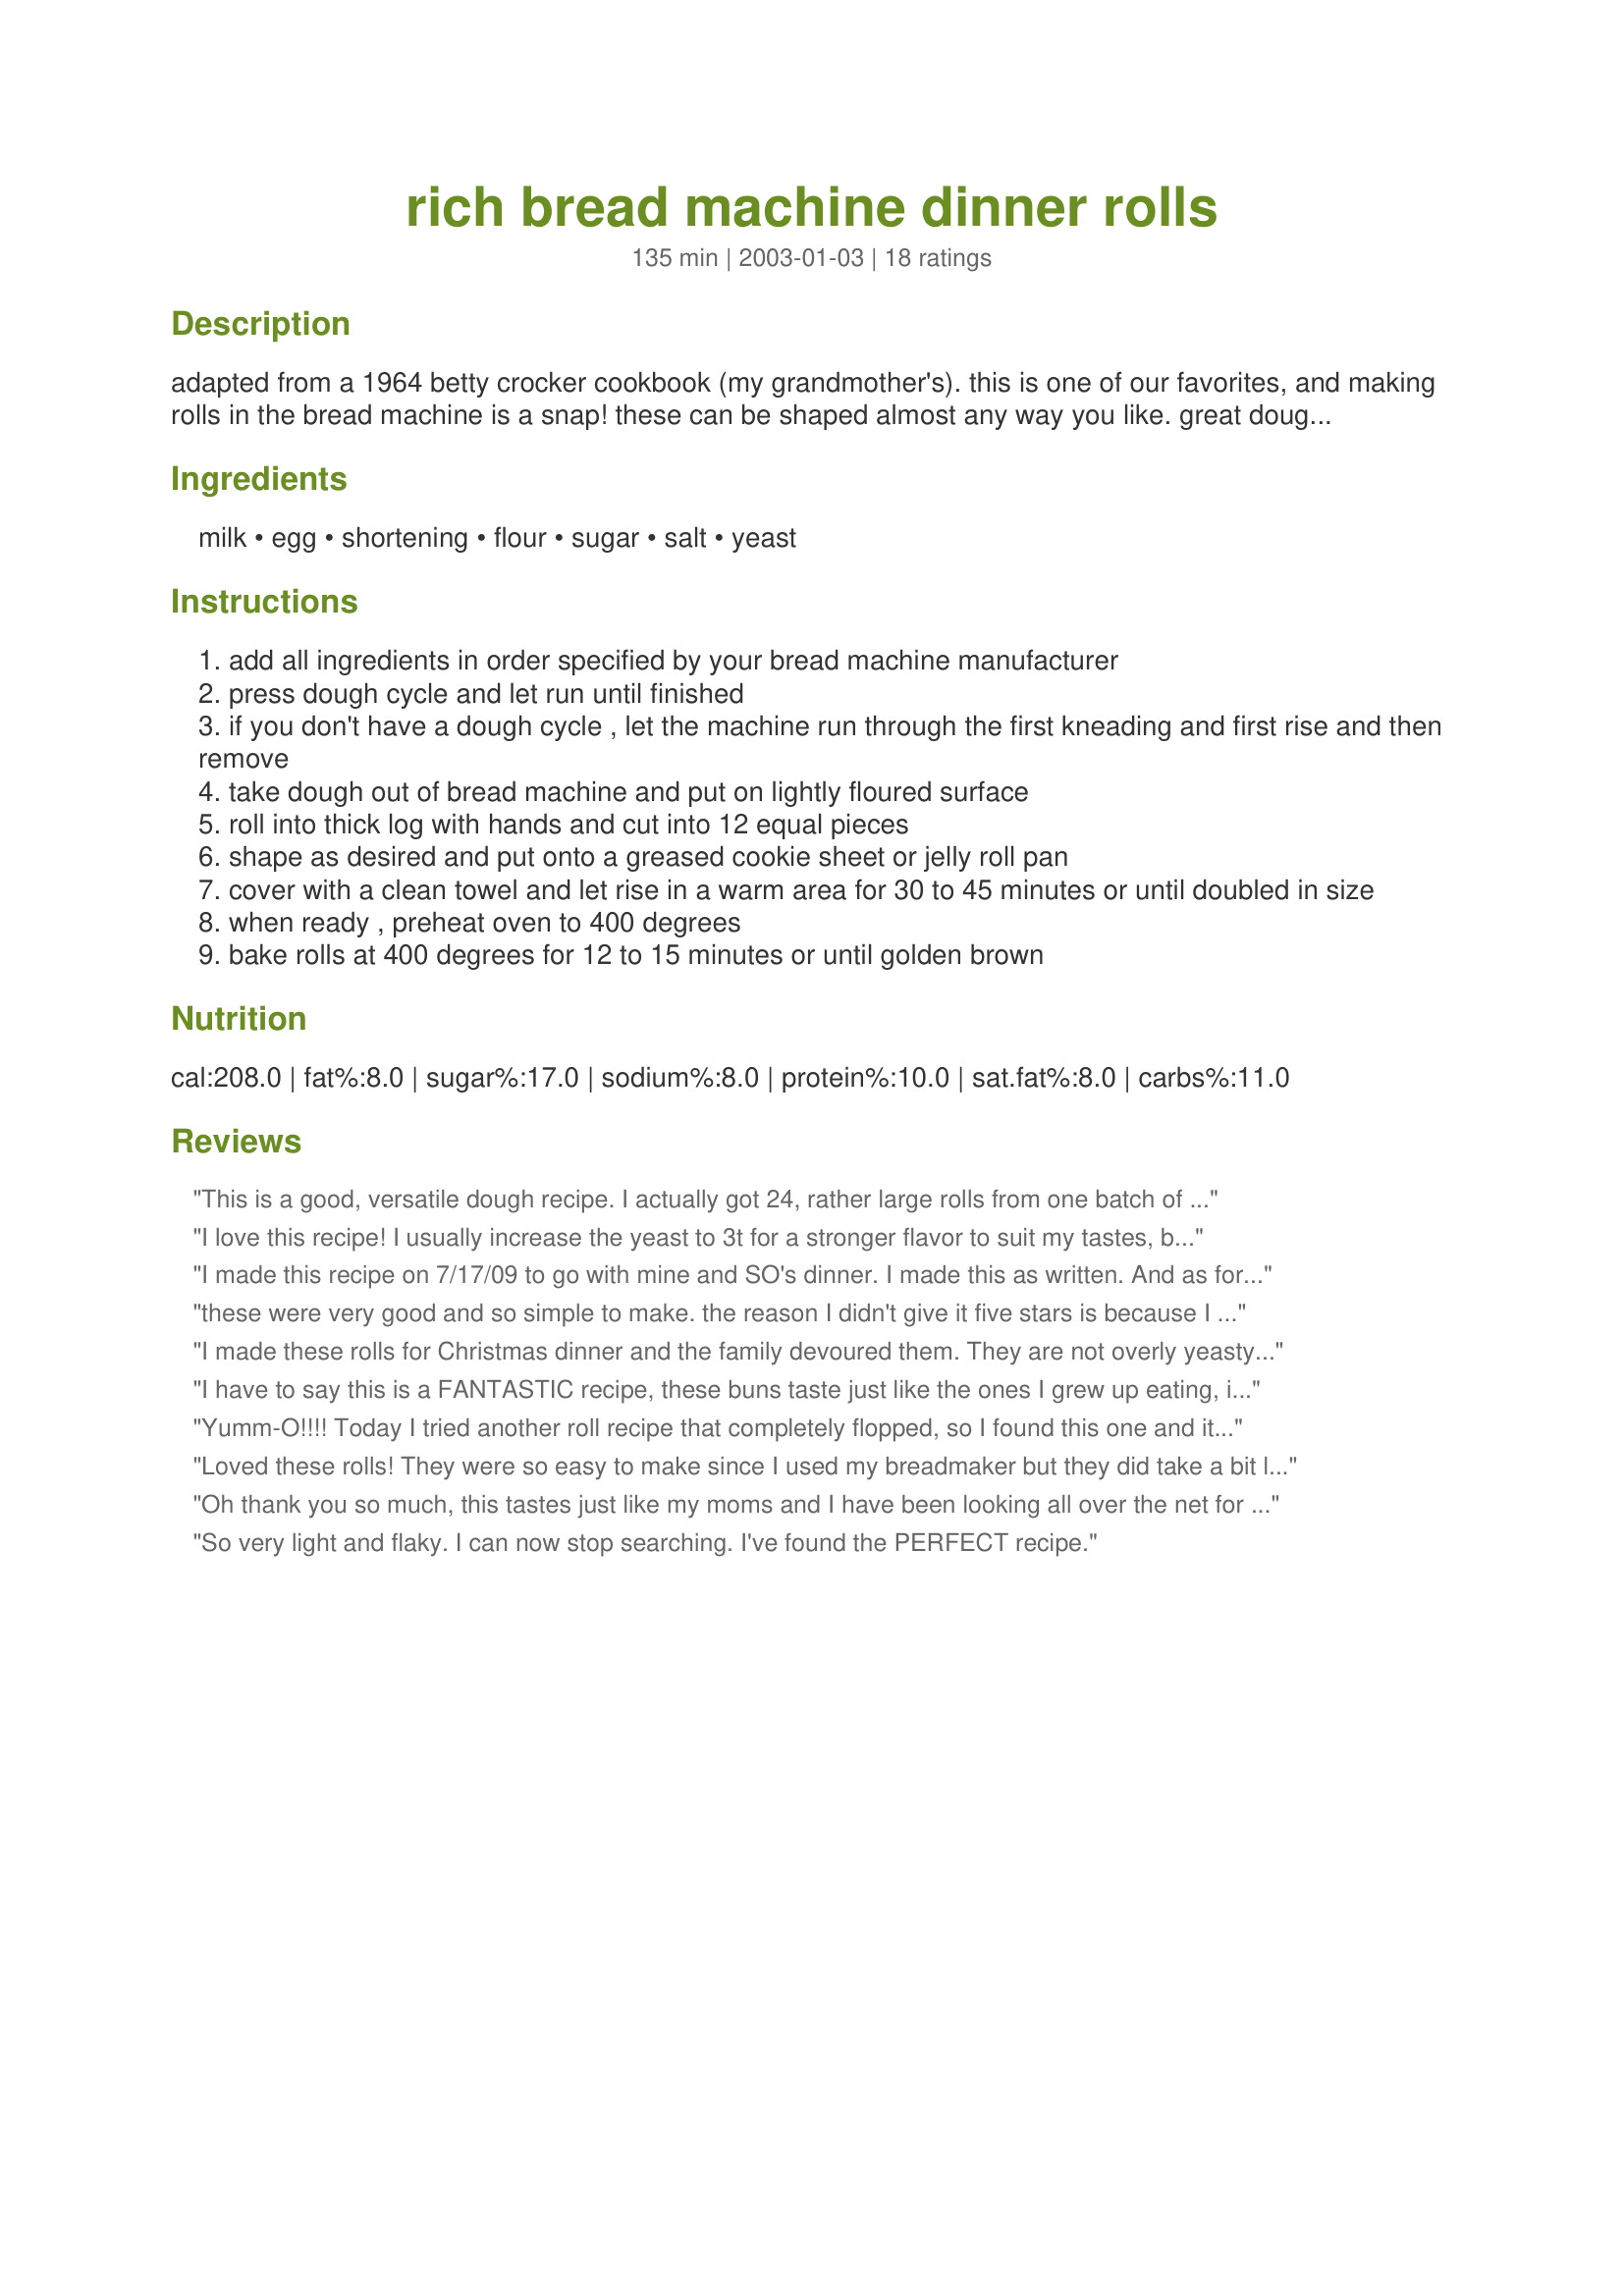
rich bread machine dinner rolls
Preparation time: 135 minutes

adapted from a 1964 betty crocker cookbook (my grandmother's). this is one of our favorites, and making rolls in the bread machine is a snap! these can be shaped almost any way you like. great dough for making sweet rolls, also!

Ingredients:
milk, egg, shortening, flour, sugar, salt, yeast

Steps:
add all ingredients in order specified by your bread machine manufacturer
press dough cycle and let run until finished
if you don't have a dough cycle , let the machine run through the first kneading and first rise and then remove
take dough out of bread machine and put on lightly floured surface
roll into thick log with hands and cut into 12 equal pieces
shape as desired and put onto a greased cookie sheet or jelly roll pan
cover with a clean towel and let rise in a warm area for 30 to 45 minutes or until doubled in size
when ready , preheat oven to 400 degrees
bake rolls at 400 degrees for 12 to 15 minutes or until golden brown

Reviews:
This is a good, versatile dough recipe. I actually got 24, rather large rolls from one batch of dough so I think if I'd made 12 from the batch, they'd be huge rolls and good for hamburgers. So easy to do in the bread machine and then form the rolls the way you want. Thanks Branwyn, good recipe.
I love this recipe! I usually increase the yeast to 3t for a stronger flavor to suit my tastes, but they are great either way!
I made this recipe on 7/17/09 to go with mine and SO's dinner. I made this as written. And as for the shape, I just made them into a dozen rolls. But, I do think if this recipe is made again I will make the rolls some what smaller. Maybe small enough to get 15 or 16, that way I can can enjoy more than just one. Thank you for posting and, " Keep Smiling :) "
these were very good and so simple to make. the reason I didn't give it five stars is because I was looking for a dinner roll recipe and these were huge. Next time I would make 24 instead of 12 or use them as hamburger buns.
I made these rolls for Christmas dinner and the family devoured them. They are not overly yeasty tasting or overly sweet. Perfect balance. This would be an excellent base dough for anything you would want to use it for. Cinnamon rolls, dinner rolls or even leave it in the bread machine for loaf bread. I'm at high altitude and reduced the yeast to 1 1/2 teaspoons.
I have to say this is a FANTASTIC recipe, these buns taste just like the ones I grew up eating, it was surprising to me that i could create the same flavour in a bread machine. I have made the recipe several times with many variations-clover leaf rolls, cinnamon rolls and large dinner buns.They are light ,fluffy and sweet. Thank you for this recipe it has become a favorite of my family!!
Yumm-O!!!! Today I tried another roll recipe that completely flopped, so I found this one and it is SUPERB! These rolls are soft, delicious, & look beautiful! I am excited to take them to the family get together tomorrow where I'm certain I won't come with any!!
Loved these rolls! They were so easy to make since I used my breadmaker but they did take a bit longer than expected but they were so worth it.
Oh thank you so much, this tastes just like my moms and I have been looking all over the net for it for YEARS! I used all purpose flour as I dont have any bread flour and it came out great. I made these only as cinnamon rolls tho. When done, you can make a glaze for the rolls out of powdered sugar and milk.
So very light and flaky. I can now stop searching. I've found the PERFECT recipe.
The first time I made these I made them with Whole Wheat flour and they didn't really turn out well so I wouldn't recommend that. The second time I did it I followed the recipe exactly and they were perfect!! The family has requested them again for Christmas.
Followed recipe except for omitting salt (Mom is on a low sodium diet). These rolls were wonderful! Great texture and flavor. Made 12 large dinner rolls.
This was AWESOME!!!! So easy and the rolls are GREAT. Made the first batch today for Easter Dinner tomorrow and well.....they didn't make it till tomorrow, had to make another batch. They were really good with butter and jelly:) Thanks for the recipe, will use again.
These are the best rolls ever I replace the shortening with butter or margarine and I added 2 teaspoons of the vital wheat gluten and 2 teaspoons of powdered dry milk they came out really soft and were delicious
was very disappointed in results.
They were dry and not flakey enough for my taste buds. Will keep looking....I'm not ruling out that my inexperience may have had something to do with the turnout
Very good rolls, the first rolls I have made that look and taste like... good dinner rolls! Loved using the ABM for the mixing, kneading and first rise. I baked 6 and froze 6 on a tray. After the 6 were frozen, I transferred them to a bag. To bake the frozen ones, I will place as many as I want to bake on a sheet and thaw/rise for 4 hours in the oven.
I made these rolls for my 6 brothers and sisters and they were an instant hit. The texture and size were both perfect, and they were very easy to make. This recipe is a winner, and I will definitely make them again.
I have been making these rolls for years and I am finally getting around to rating this! These Rolls are easy to make and taste great. They are also the only rolls that my family will let me make. I have tried others but they dont care for them. The only change I made is that I use margarine instead of shortening and I also brush the rolls with butter when they come out of the oven.
